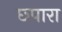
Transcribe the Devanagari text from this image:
छ्पारा